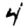
Digit: 4